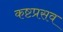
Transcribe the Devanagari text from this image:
कष्टप्रसव